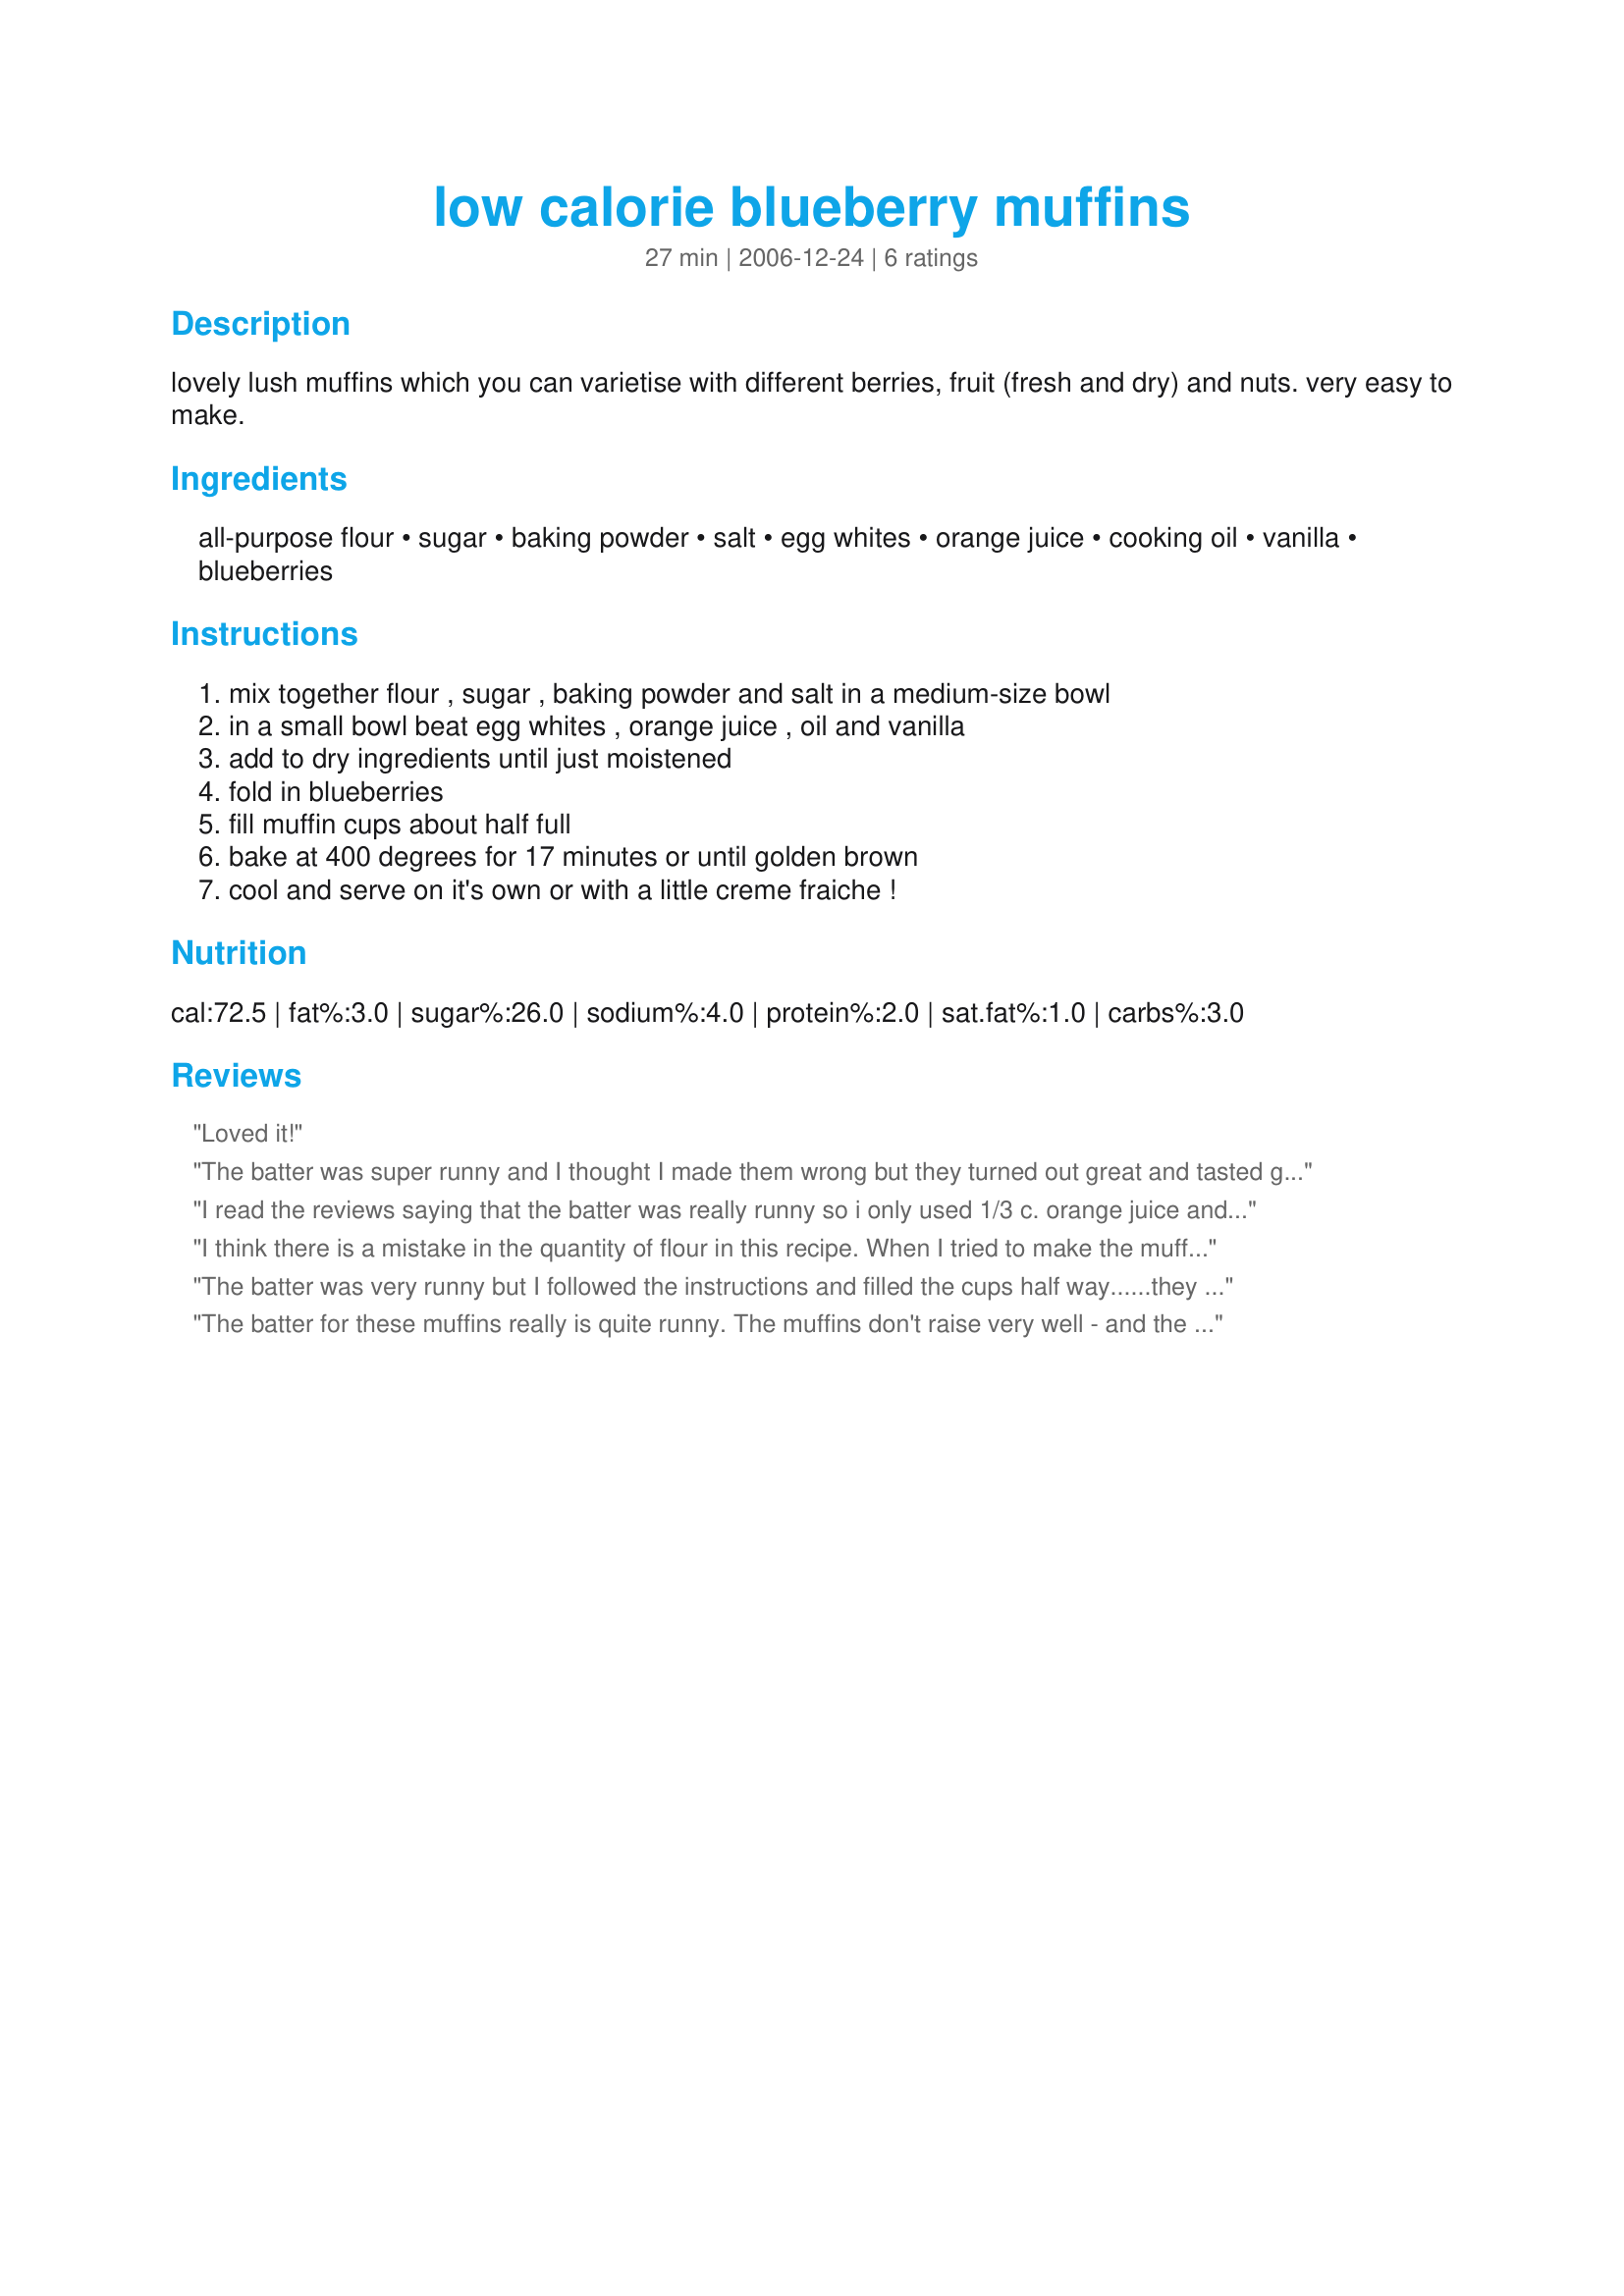
low calorie blueberry muffins
Preparation time: 27 minutes

lovely lush muffins which you can varietise with different berries, fruit (fresh and dry) and nuts. very easy to make.

Ingredients:
all-purpose flour, sugar, baking powder, salt, egg whites, orange juice, cooking oil, vanilla, blueberries

Steps:
mix together flour , sugar , baking powder and salt in a medium-size bowl, in a small bowl beat egg whites , orange juice , oil and vanilla, add to dry ingredients until just moistened, fold in blueberries, fill muffin cups about half full, bake at 400 degrees for 17 minutes or until golden brown, cool and serve on it's own or with a little creme fraiche !

Reviews:
Loved it!
The batter was super runny and I thought I made them wrong but they turned out great and tasted great!
I read the reviews saying that the batter was really runny so i only used 1/3 c. orange juice and instead of 2 tbsp. of oil, I used 2tbsp. of unsweetened applesauce. I think they came out pretty well. But i forgot to spray the muffin tin so they stuck a little. ^_^' oops.
Otherwise they were pretty good!
I think there is a mistake in the quantity of flour in this recipe. When I tried to make the muffins the batter was to runny and they didn't turn out.
The batter was very runny but I followed the instructions and filled the cups half way......they did not rise much at all. Tasted ok but didn&#039;t look like muffins really. I think maybe more flour is needed and maybe only make 6 instead of 12.
The batter for these muffins really is quite runny. The muffins don't raise very well - and the texture is a little different than other recipes. However, they still taste delicious, and I will make them again in the future!
